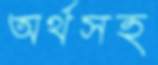
অর্থসহ